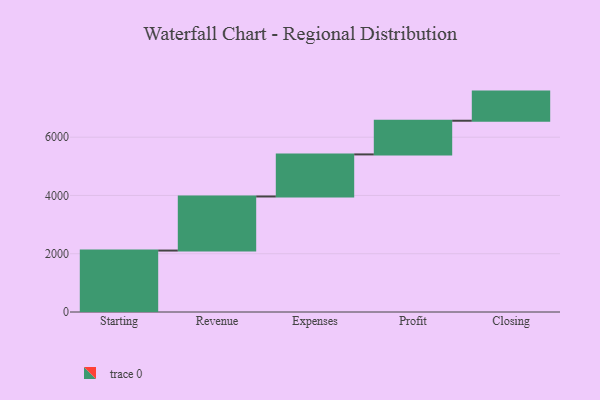
{"axis": {"x": "Step", "y": "Value"}, "legend": [""], "data": [{"x": "Starting", "y": 2109.0, "type": ""}, {"x": "Revenue", "y": 1856.0, "type": ""}, {"x": "Expenses", "y": 1444.0, "type": ""}, {"x": "Profit", "y": 1156.0, "type": ""}, {"x": "Closing", "y": 1000, "type": ""}]}